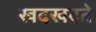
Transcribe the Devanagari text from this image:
खदखदते